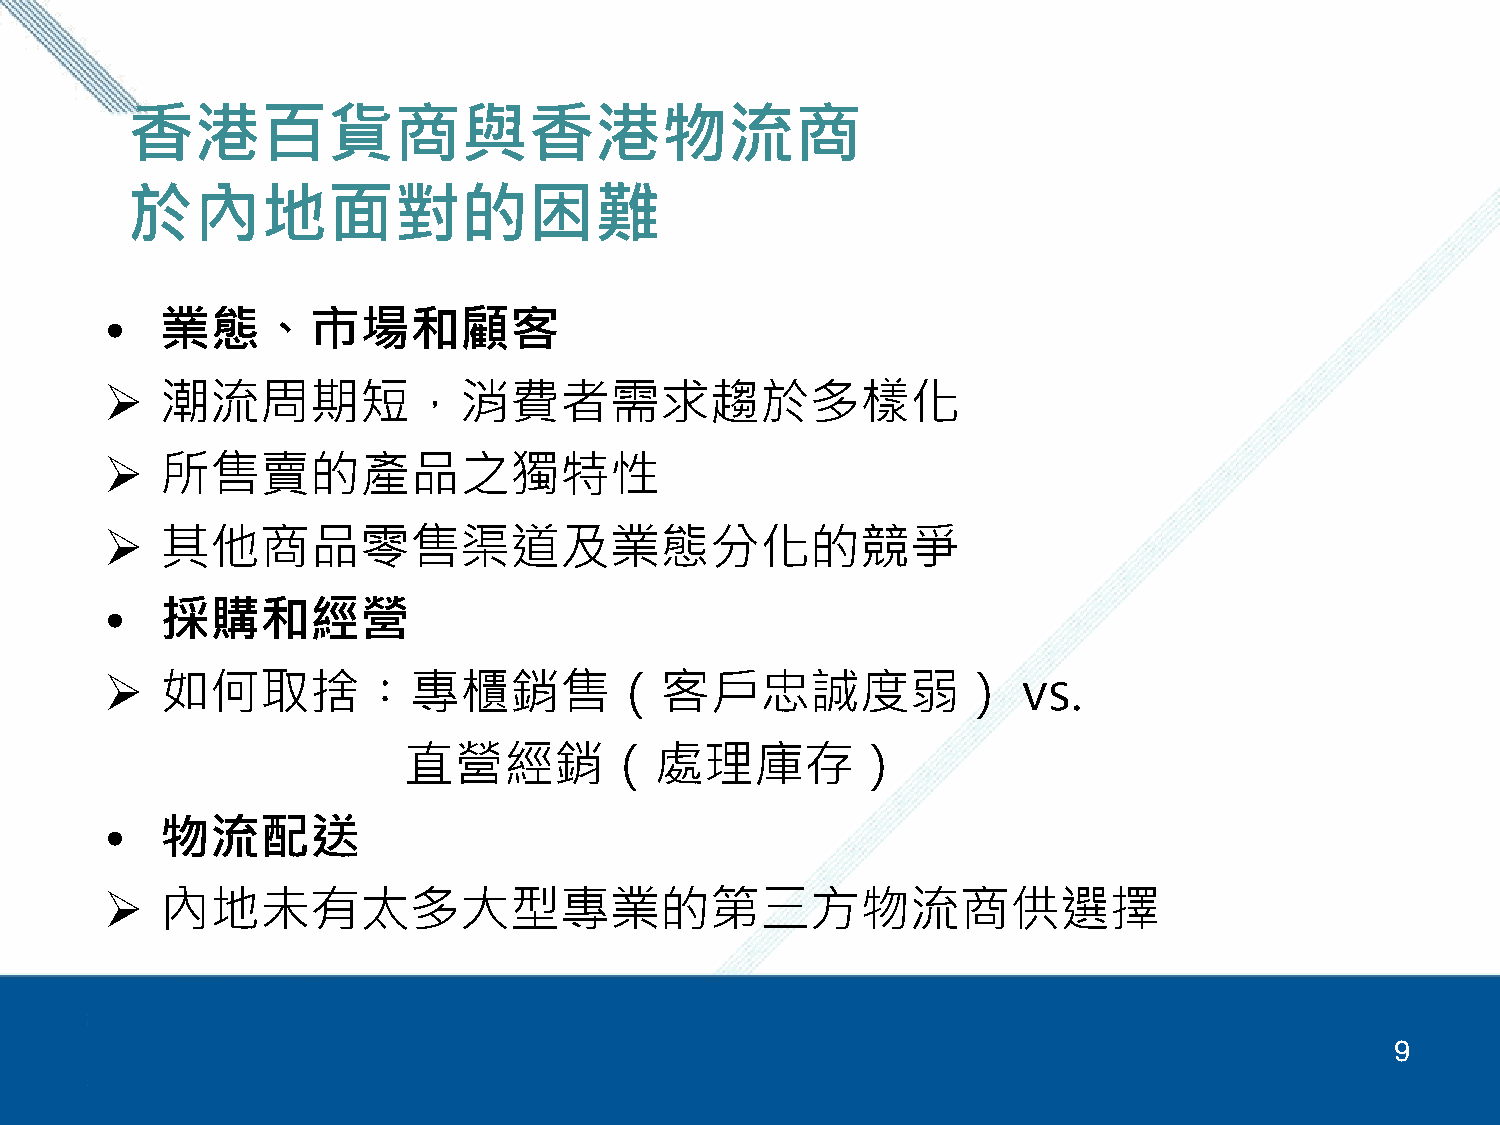
香港百貨商與香港物流商
 於內地面對的困難
 •   業態、市場和顧客
    潮流周期短，消費者需求趨於多樣化
    所售賣的產品之獨特性
    其他商品零售渠道及業態分化的競爭
 •   採購和經營
    如何取捨︰專櫃銷售（客戶忠誠度弱）                                        vs.
 直營經銷（處理庫存）
 •   物流配送
    內地未有太多大型專業的第三方物流商供選擇
 9